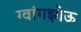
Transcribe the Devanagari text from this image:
ग्वांगझोऊ